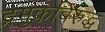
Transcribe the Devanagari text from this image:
द्रमुकविरुद्ध